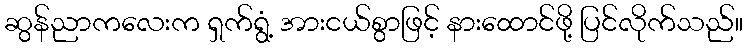
ဆွန်ညာကလေးက ရှက်ရွံ့ အားငယ်စွာဖြင့် နားထောင်ဖို့ ပြင်လိုက်သည်။